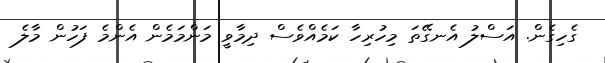
ގެހިގެން. އަސްލު އެނގޭތަ މިހުރިހާ ކަމެއްވެސް ދިމާވީ މަންމަމެން އެންމެ ފަހުން މާލެ